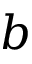
b